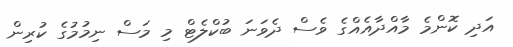
އަދި ކޮންމެ މާއްދާއެއްގެ ވެސް ދެވަނަ ބުކްލެޓް މި މަސް ނިމުމުގެ ކުރިން